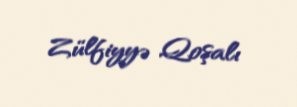
Zülfiyyə Qoşalı